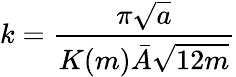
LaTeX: k=\frac{\pi\sqrt{a}}{K(m)\bar{A}\sqrt{12m}}